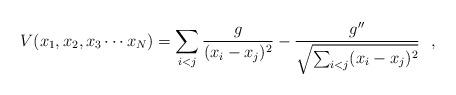
LaTeX: \begin{align*}V( x_1, x_2, x_3 \cdots x_N) = \sum_{i <j}{g \over {(x_i - x_j)^2}} - \frac{g^{\prime\prime}}{\sqrt{\sum_{i<j}(x_i -x_j)^2}} \, \, \, \, ,\end{align*}